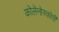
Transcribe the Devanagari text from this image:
कोलेनोस्कोपी